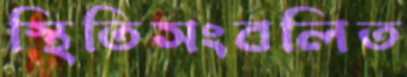
স্থিতিসংবলিত